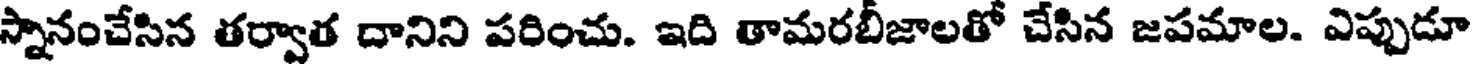
స్నానంచేసిన తర్వాత దానిని పరించు. ఇది తామరబీజాలతో చేసిన జపమాల. విప్పుడూ